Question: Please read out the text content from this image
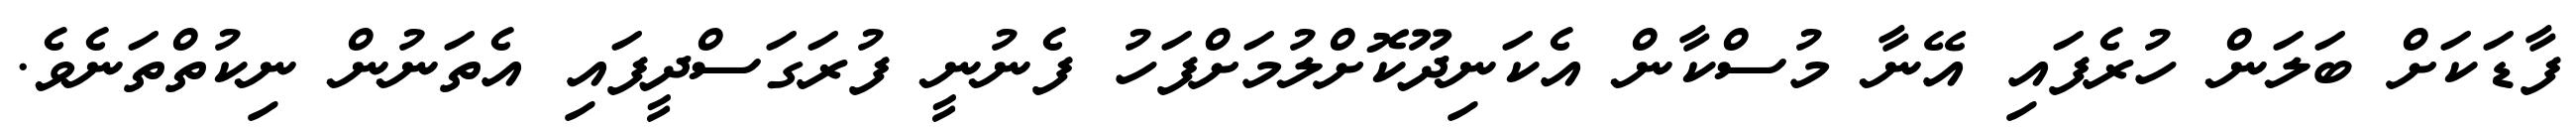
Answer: ފާޑަކަށް ބަލަން ހުރެފައި އޭނާ މުސްކާން އެކަނިދޫކޮށްލުމަށްފަހު ފެނުނީ ފުރަގަސްދީފައި އެތަނުން ނިކުތްތަނެވެ.